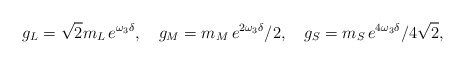
\begin{align*}g_L=\sqrt2m_L\,e^{\omega_3\delta},\quad g_M= {m_M}\,e^{2\omega_3\delta}/2,\quad g_S= {m_S}\,e^{4\omega_3\delta}/4\sqrt2, \end{align*}